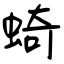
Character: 䗁